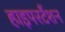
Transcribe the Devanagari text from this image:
हाइपरटैंशन